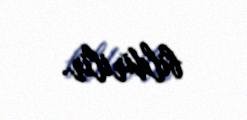
bildirilir.